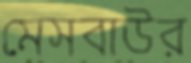
মেসবাউর